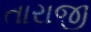
તારાજી